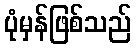
ပုံမှန်ဖြစ်သည်